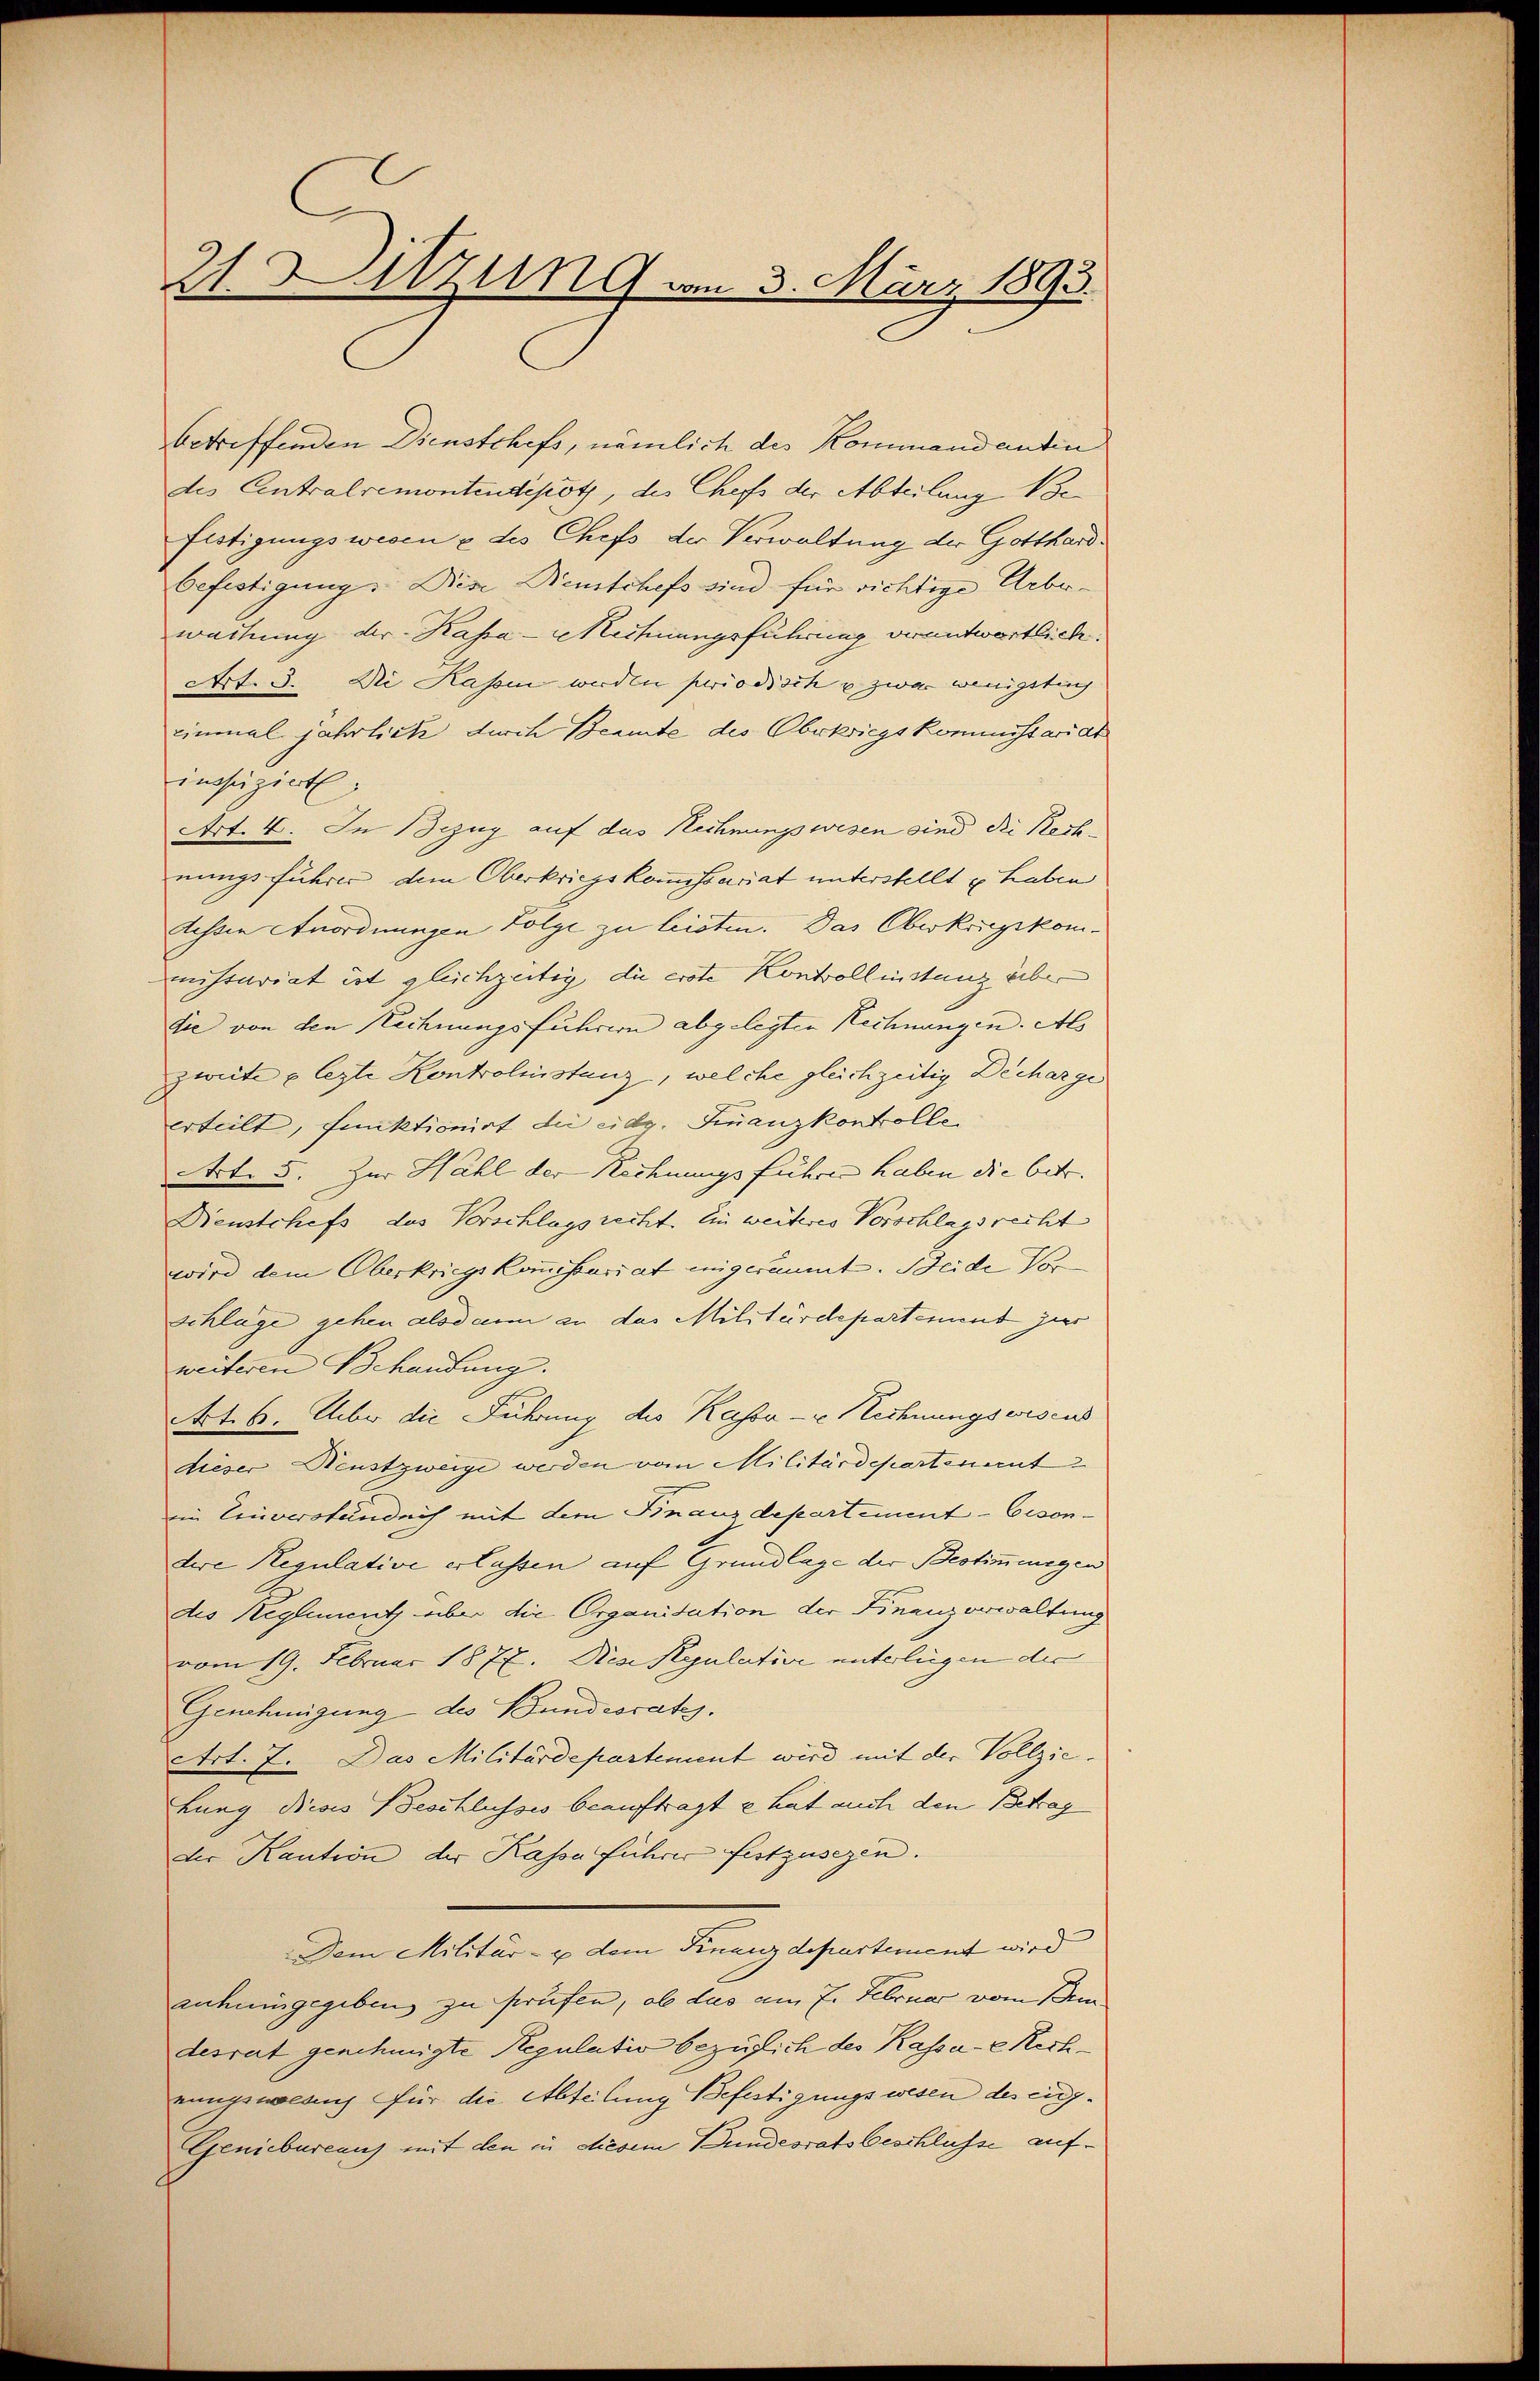
21. Sitzung vom 3. März 1893.

betreffenden Dienstchefs, nämlich des Kommandantin
des Eintralremontendepotz, des Chefs der Abteilung Boc
flstigungswesen u des Chefs der Verwaltung der Gotthardbefestigung. Die Reutchefs sind für richtige Ueber
wartung der Kassa-Meinungsführung verantwortlich.
Art. 3. Die Kassen werden periodisch u. zwar wenigstig
einmal jährlich durch Beamte des Oberkriegskommissariat
inssŭziert.
Art. 4. In Bezug auf das Rechnungswesen sind die Rechnungs fuhres dem Oberkriegskommissariat unterstellt u. haben
tessin Anordnungen Folge zu leisten. Das Oberkorpskommistariat ist gleichzeitig die erste Kontrollinstanz über
die von den Rechnungsführern abgelegten Rechnungen. Als
zweite e lezte Kontrolinstanz, welche gleichzeitig Decharges
erteilt, funktionirt die eidg. Finanzkontrolle
Art. 5. Zur Hahl der Rechnungsführen haben die betr.
Dienstchefs des Vorschlagsrecht. Ein weiteres Vorschlagsrecht
wird dem Oberkriegskommissariat inigeräumt. Beide Vorschläge gehen alsdann an das Militärdepartement zur
weiteren Behandung.
Art. 6. Ueber die Führung des Kasso - u. Rechnungswesens
dieser Neustzweige werden vom Militärdepartenant
im Einverständlich mit dem Finanzdepartement - besondere Regulative erlassen auf Grundlage der Bestimmungen
des Neglement aber die Organisation der Finanzerwaltung
vom 19. Februar 1877. Der Regulative unterliegen der
Genehmigung des Bundesrat
Art. 7. Das Militärdepartement wird mit der Vollzie¬
Lung dieses Beschlusses beauftragt e hat auch den Betrag
der Kaution der Kassa führer festzusezen.
Dem Militär- & dem Finanzdepartement wird
anhuingegeben zu prüfen, ob das am 7. Februar vom
desrat genehmigte Regulativ bezüglich des Kassae Rechrungswaldung für die Abteilung Befestigungswesen des ein¬
Geniebureaus mit den in diesem Bundesratsbeschlusse auf¬